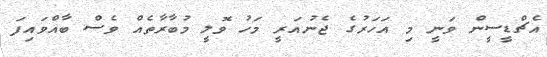
އެޗްޑީސީން ވަނީ މި އަހަރުގެ ޖެނުއަރީ މަހު ވޮލީ މުބާރާތެއް ވެސް ބާއްވައިފަ